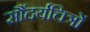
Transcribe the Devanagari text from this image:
सौंदर्यचित्रों